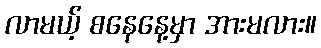
လာမယ့် စနေနေ့မှာ အားမလား။